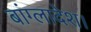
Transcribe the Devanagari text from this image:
बांग्लादेश।